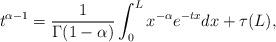
LaTeX: \begin{align*}t^{\alpha - 1} = \frac{1}{\Gamma(1-\alpha)} \int_0^L x^{-\alpha} e^{-tx} dx+ \tau(L),\end{align*}